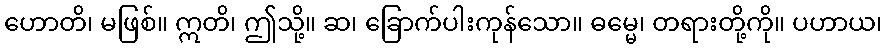
ဟောတိ၊ မဖြစ်။ ဣတိ၊ ဤသို့။ ဆ၊ ခြောက်ပါးကုန်သော။ ဓမ္မေ၊ တရားတို့ကို။ ပဟာယ၊